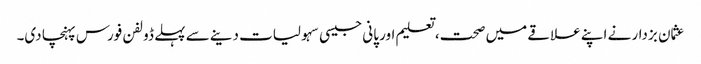
عثمان بزدار نے اپنے علاقے میں صحت، تعلیم اور پانی جیسی سہولیات دینے سے پہلے ڈولفن فورس پہنچا دی۔